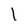
Character: 1